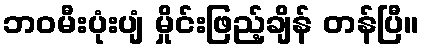
ဘဝမီးပုံးပျံ မှိုင်းဖြည့်ချိန် တန်ပြီ။